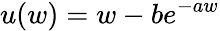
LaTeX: u(w)=w-be^{-aw}